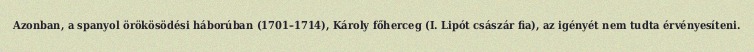
Azonban, a spanyol örökösödési háborúban (1701–1714), Károly főherceg (I. Lipót császár fia), az igényét nem tudta érvényesíteni.